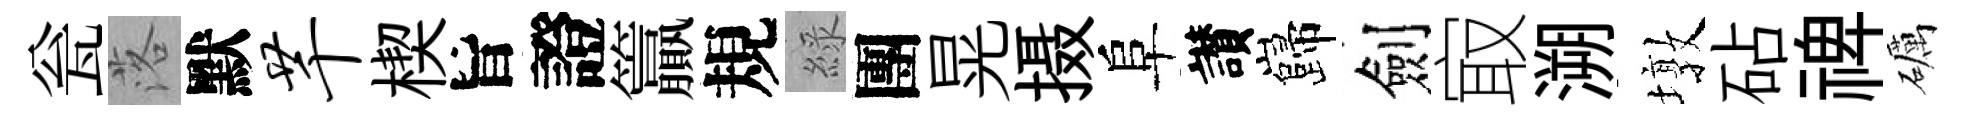
瓮落默芊楔旨證籯規綠團晃摄阜讃巋劍㝡溯墩砧禆礪